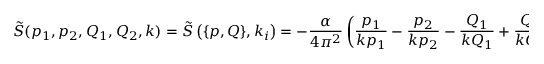
\tilde { S } ( p _ { 1 } , p _ { 2 } , Q _ { 1 } , Q _ { 2 } , k ) = \tilde { S } \left( \{ p , Q \} , k _ { i } \right) = - \frac { \alpha } { 4 \pi ^ { 2 } } \left( \frac { p _ { 1 } } { k p _ { 1 } } - \frac { p _ { 2 } } { k p _ { 2 } } - \frac { Q _ { 1 } } { k Q _ { 1 } } + \frac { Q _ { 2 } } { k Q _ { 2 } } \right) ^ { 2 } .